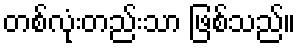
တစ်လုံးတည်းသာ ဖြစ်သည်။